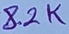
Text: 8.2K